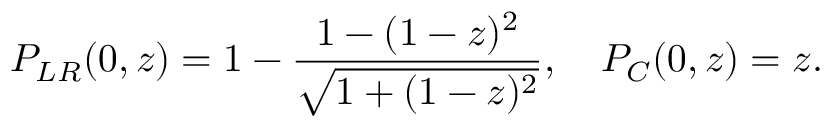
{ \cal P } _ { L R } ( 0 , z ) = 1 - \frac { 1 - ( 1 - z ) ^ { 2 } } { \sqrt { 1 + ( 1 - z ) ^ { 2 } } } , \quad { \cal P } _ { C } ( 0 , z ) = z .